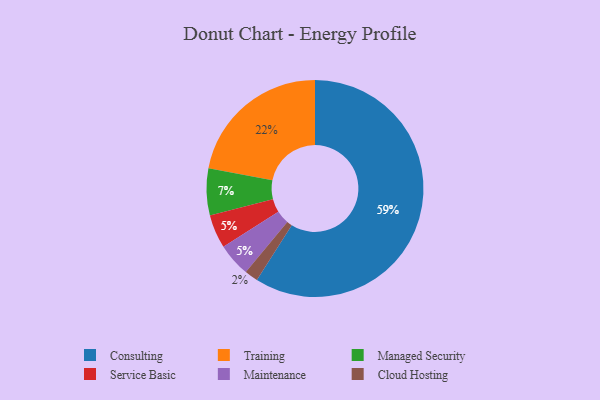
{"axis": {"x": "Category", "y": "Percentage"}, "legend": ["Cloud Hosting", "Consulting", "Maintenance", "Managed Security", "Service Basic", "Training"], "data": [{"x": "Service Basic", "y": 5, "type": "Service Basic"}, {"x": "Maintenance", "y": 5, "type": "Maintenance"}, {"x": "Consulting", "y": 59, "type": "Consulting"}, {"x": "Cloud Hosting", "y": 2, "type": "Cloud Hosting"}, {"x": "Training", "y": 22, "type": "Training"}, {"x": "Managed Security", "y": 7, "type": "Managed Security"}]}